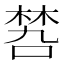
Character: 𠹝